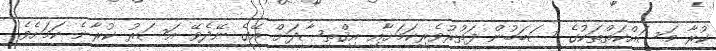
ކުރާ މަސައްކަތްތަކުގެ ސަބަބުން ފަތުރުވެރިކަމަށާއި އިޤްތިޞާދަށް އޭގެ ނޭދެވޭ އަސަރު ކުރާނެ ކަމަށެވެ.